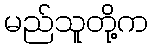
မည်သူတို့က